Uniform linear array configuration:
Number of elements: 48
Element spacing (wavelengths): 1
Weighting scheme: cosine
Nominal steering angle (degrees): -45
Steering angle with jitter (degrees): -46.4
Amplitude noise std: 0.05
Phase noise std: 0.05

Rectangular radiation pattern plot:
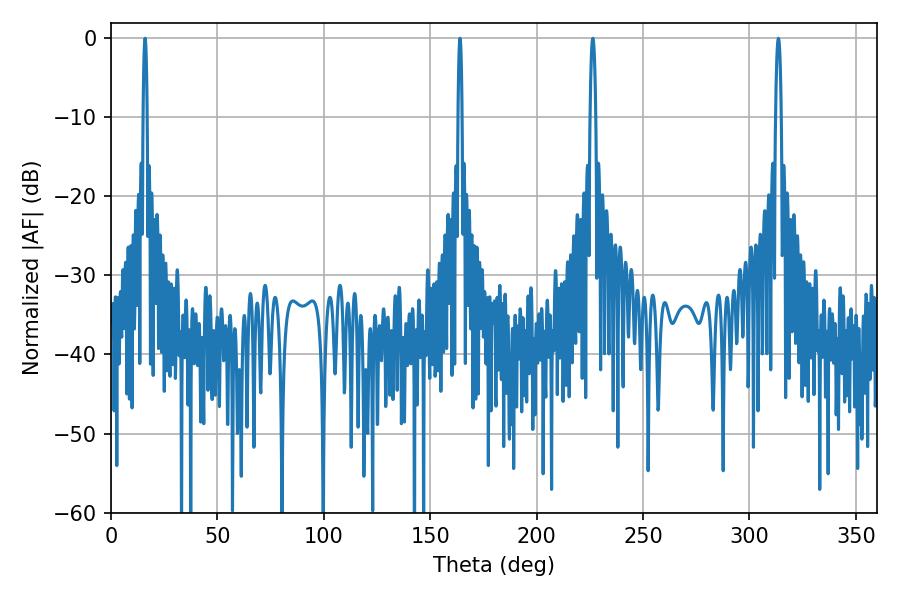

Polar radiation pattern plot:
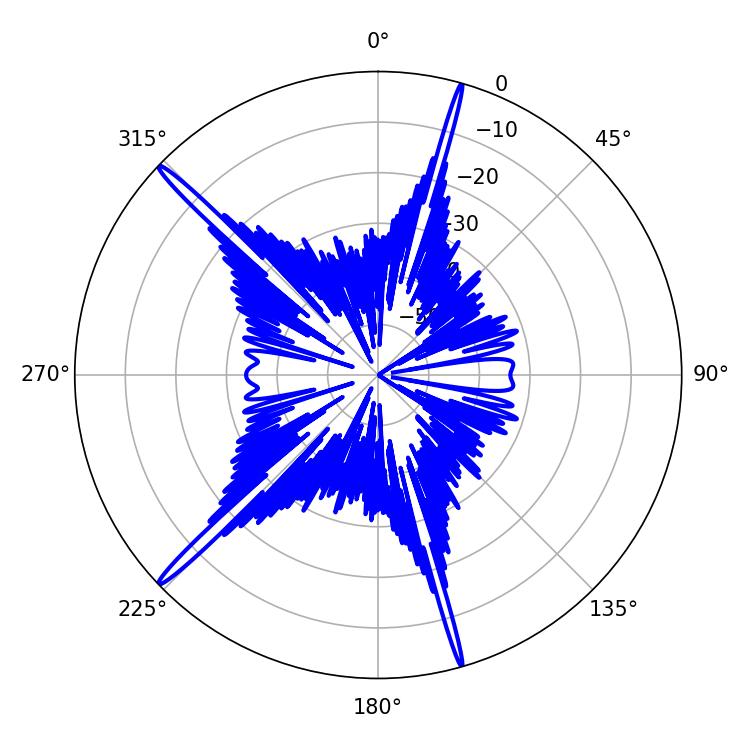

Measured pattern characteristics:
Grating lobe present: TRUE
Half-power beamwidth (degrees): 1.08
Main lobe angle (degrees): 16.02